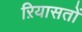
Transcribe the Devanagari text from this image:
ऱियासतों